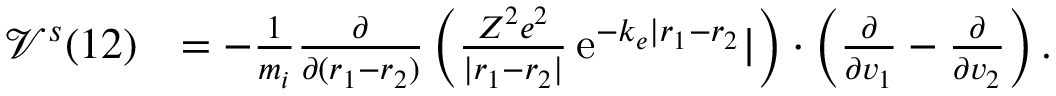
\begin{array} { r l } { \mathcal { V } ^ { s } ( 1 2 ) } & { = - \frac { 1 } { m _ { i } } \frac { \partial } { \partial ( \boldsymbol { r } _ { 1 } - \boldsymbol { r } _ { 2 } ) } \left( \frac { Z ^ { 2 } e ^ { 2 } } { | \boldsymbol { r } _ { 1 } - \boldsymbol { r } _ { 2 } | } \, \mathrm { e } ^ { - k _ { e } | \boldsymbol { r } _ { 1 } - \boldsymbol { r } _ { 2 } } | \right) \boldsymbol { \cdot } \left( \frac { \partial } { \partial \boldsymbol { v } _ { 1 } } - \frac { \partial } { \partial \boldsymbol { v } _ { 2 } } \right) . } \end{array}